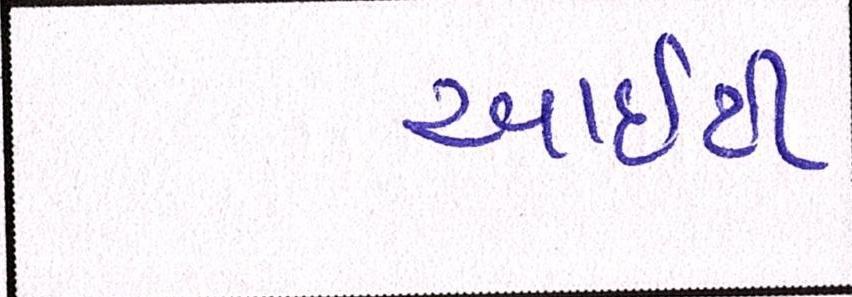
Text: આઇટી